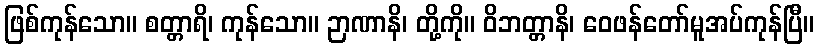
ဖြစ်ကုန်သော။ စတ္တာရိ၊ ကုန်သော။ ဉာဏာနိ၊ တို့ကို။ ဝိဘတ္တာနိ၊ ဝေဖန်တော်မူအပ်ကုန်ပြီ။